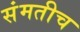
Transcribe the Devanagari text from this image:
संमतीच